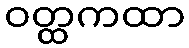
ဝတ္ထကထာ